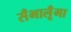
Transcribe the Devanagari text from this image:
सँभालूँगा